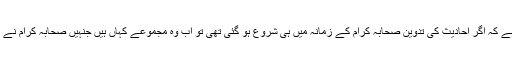
میرا سوال یہ ہے کہ اگر احادیث کی تدوین صحابہ کرام کے زمانہ میں ہی شروع ہو گئی تھی تو اب وہ مجموعے کہاں ہیں جنہیں صحابہ کرام نے ترتیب دیا تھا؟